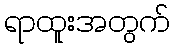
ရာထူးအတွက်